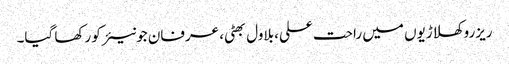
ریزرو کھلاڑیوں میں راحت علی، بلاول بھٹی، عرفان جونیئر کو رکھا گیا۔